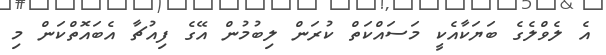
އެ ލެވްލެގެ ބަޔަކާއެކީ މަސައްކަތް ކުރަން ލިބުމުން އޭގެ ފިއުޗާ އެބައޮތްކަން މި